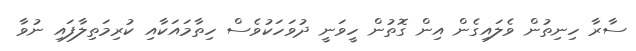
ސާރާ ހިނިތުން ވެލައިގެން އިން ގޮތުން ހީވަނީ ދުވަހަކުވެސް ހިތާމައަކާއި ކުރިމަތިލާފައި ނުވާ